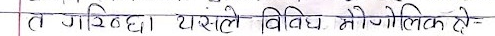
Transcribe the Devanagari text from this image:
त गरिन्छ। यसले विविध भौगोलिक टे-